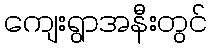
ကျေးရွာအနီးတွင်